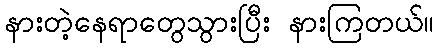
နားတဲ့နေရာတွေသွားပြီး နားကြတယ်။